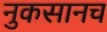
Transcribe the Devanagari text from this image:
नुकसानच